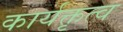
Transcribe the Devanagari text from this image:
कार्यक्तृत्व